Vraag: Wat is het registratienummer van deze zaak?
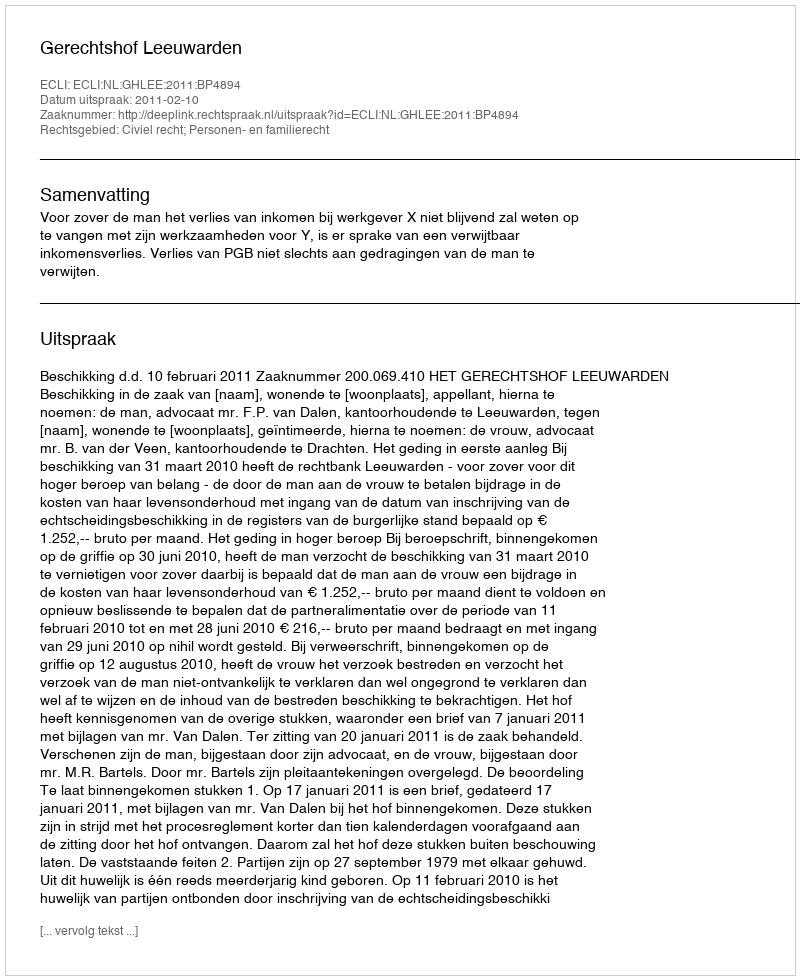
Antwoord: http://deeplink.rechtspraak.nl/uitspraak?id=ECLI:NL:GHLEE:2011:BP4894